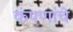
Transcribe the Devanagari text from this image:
कंपणांचे